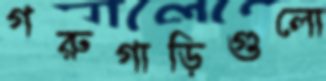
গরুগাড়িগুলো